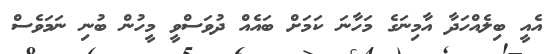
އެއީ ބިލެއްހަދާ އާމިނަގެ މަހާނަ ކަމަށް ބައެއް ދުވަސްވީ މީހުން ބުނި ނަމަވެސް